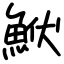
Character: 鮲